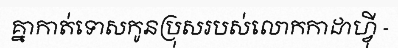
គ្នាកាត់ទោសកូនប្រុសរបស់លោកកាដាហ្វ៊ី -